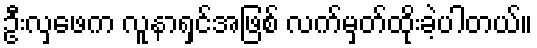
ဦးလှဖေက လူနာရှင်အဖြစ် လက်မှတ်ထိုးခဲ့ပါတယ်။